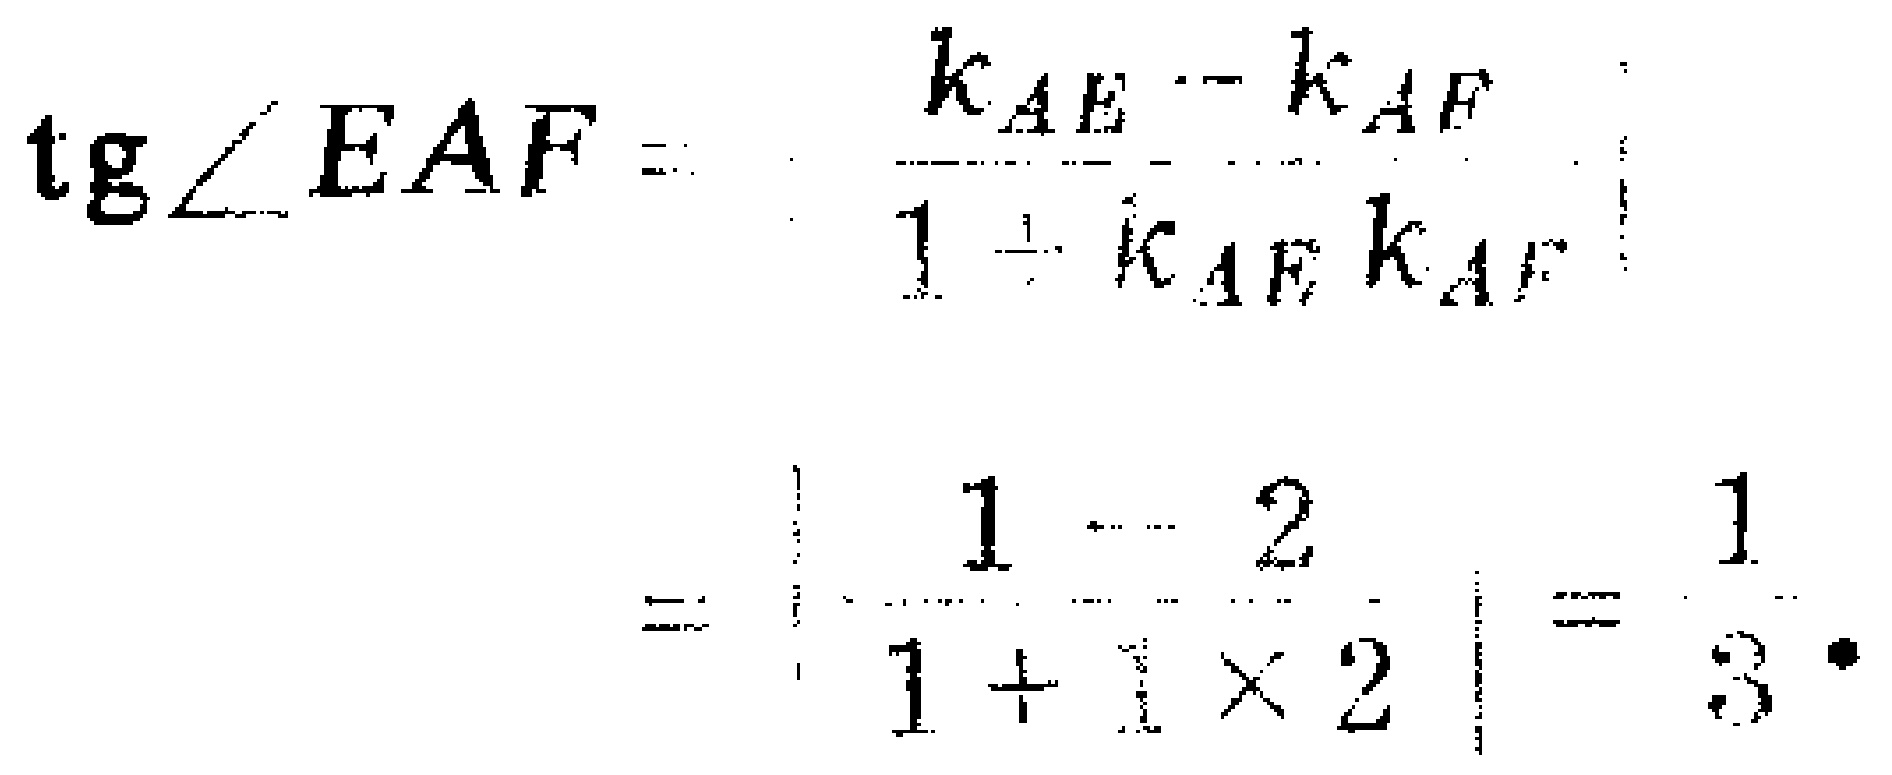
\[\begin{align*}
\mathrm{tg}\angle EAF&=\left|\frac{k_{AE}-k_{AF}}{1 + k_{AE}k_{AF}}\right|\\
&=\left|\frac{1 - 2}{1+1\times2}\right|=\frac{1}{3}.
\end{align*}\]